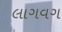
લાગવગ